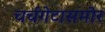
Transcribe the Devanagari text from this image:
चर्चगेटासमोर